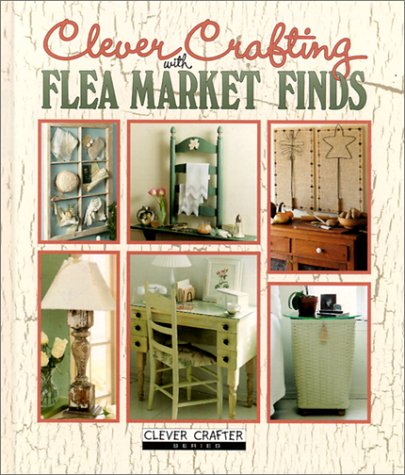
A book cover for Clever Crafting with Flea Market Finds; Crafts, Hobbies & Home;